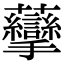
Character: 䖂